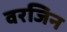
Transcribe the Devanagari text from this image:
वरजिन